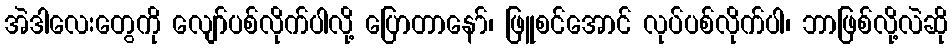
အဲဒါလေးတွေကို လျော်ပစ်လိုက်ပါလို့ ပြောတာနော်၊ ဖြူစင်အောင် လုပ်ပစ်လိုက်ပါ၊ ဘာဖြစ်လို့လဲဆို